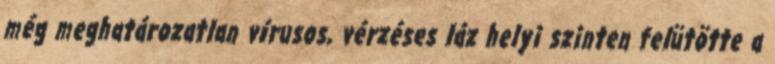
még meghatározatlan vírusos, vérzéses láz helyi szinten felütötte a